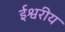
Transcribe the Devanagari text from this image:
र्इश्वरीय